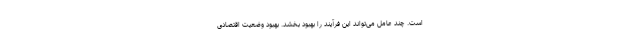
است. چند عامل می‌تواند این فرآیند را بهبود بخشد. بهبود وضعیت اقتصادی